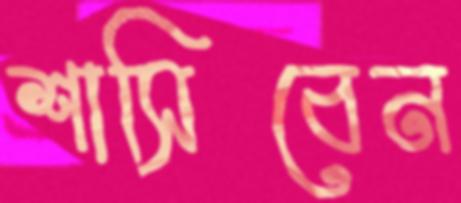
শাসিবেন